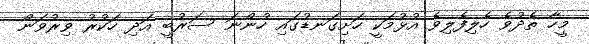
މީހާ ތެދުވެ ހެލިފެލިވެ އުޅުމަކީ ހަށިގަނޑުގައި ހުންނަ ސަރުބީ އަދި ހަކުރު ވިރުވަން